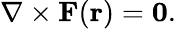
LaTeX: \nabla\times\mathbf{F}(\mathbf{r})=\mathbf{0}{\mathrm{.}}